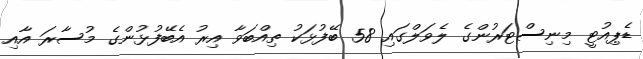
ޑެޕިއުޓީ މިނިސްޓަރުންގެ ލެވަލްގައި 58 ބޭފުޅަކު ތިއްބަވާ އިރު އެބޭފުޅުންގެ މުސާރަ އާއި